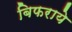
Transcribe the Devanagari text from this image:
बिफराये